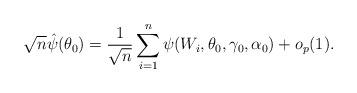
LaTeX: \begin{align*}\sqrt{n}\hat{\psi}(\theta_{0})=\frac{1}{\sqrt{n}}\sum_{i=1}^{n}\psi(W_{i},\theta_{0},\gamma_{0},\alpha_{0})+o_{p}(1). \end{align*}